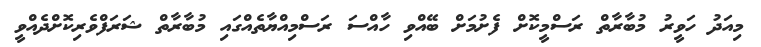
މިއަދު ހަވީރު މުބާރާތް ރަސްމީކޮށް ފެށުމަށް ބޭއްވި ހާއްސަ ރަސްމިއްޔާތެއްގައި މުބާރާތް ޝަރަފްވެރިކޮށްދެއްވީ